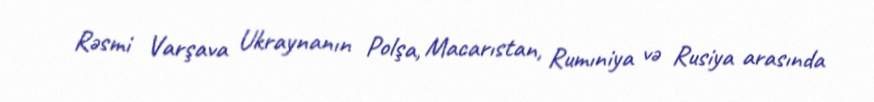
Rəsmi Varşava Ukraynanın Polşa, Macarıstan, Rumıniya və Rusiya arasında